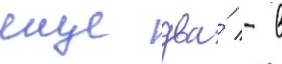
еще два́ - в